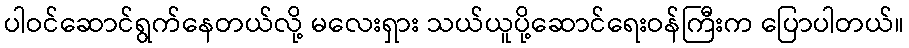
ပါဝင်ဆောင်ရွက်နေတယ်လို့ မလေးရှား သယ်ယူပို့ဆောင်ရေးဝန်ကြီးက ပြောပါတယ်။